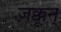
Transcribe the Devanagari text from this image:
ज़क्कून्